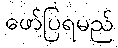
ဖော်ပြရမည်